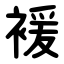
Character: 褑